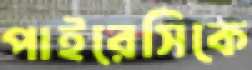
পাইরেসিকে